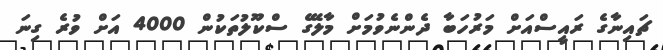
ޗައިނާގެ ރައީސްއަށް މަރުހަބާ ދެންނެވުމަށް މާލޭގެ ސްކޫލުތަކުން 4000 އަށް ވުރެ ގިނަ